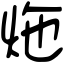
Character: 炧